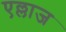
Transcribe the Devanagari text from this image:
एल्लाज